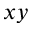
x y